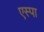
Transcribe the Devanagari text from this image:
एस्पा